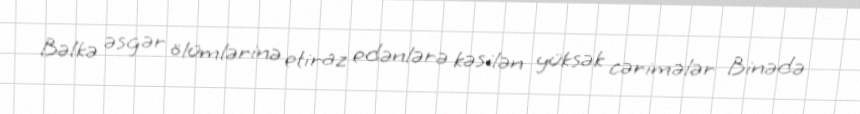
Bəlkə əsgər ölümlərinə etiraz edənlərə kəsilən yüksək cərimələr Binədə